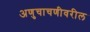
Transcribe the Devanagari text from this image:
अणुचाचणीवरील